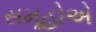
સમૂહોએ